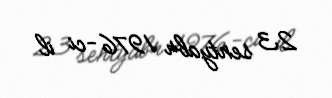
23 sentyabr 1976-ci il